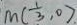
M ( \frac { 1 } { 3 } , 0 )